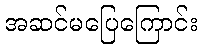
အဆင်မပြေကြောင်း